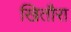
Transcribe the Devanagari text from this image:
खितौरा